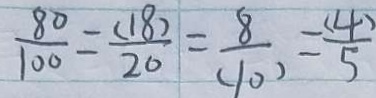
\frac { 8 0 } { 1 0 0 } = \frac { ( 1 8 ) } { 2 0 } = \frac { 8 } { ( 1 0 ) } = \frac { ( 4 ) } { 5 }